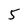
Character: 5